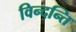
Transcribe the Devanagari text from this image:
विन्दन्ति